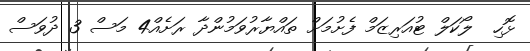
ޅޮހި  ލޯކަލް ޓުއަރިޒަމް ފެށުމަށް ތައްޔާރުވަމުންދާ ރަށެއް4 މަސް 3 ދުވަސް